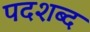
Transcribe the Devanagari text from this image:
पदशब्द